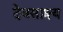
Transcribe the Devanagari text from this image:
देवसाक्ष्य